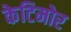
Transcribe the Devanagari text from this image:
केटिमोर